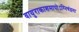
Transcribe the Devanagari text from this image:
वायुराकाशमापोऽग्‍निचंद्रमा